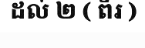
ដល់ ២ ( ពីរ )